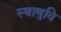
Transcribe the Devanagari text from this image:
स्थाणुवि